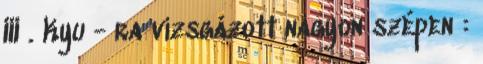
III . Kyu - ra vizsgázott nagyon szépen :